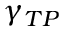
\gamma _ { T P }